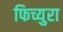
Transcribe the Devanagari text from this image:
फिच्युरा